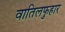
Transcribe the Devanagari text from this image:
वातिलफुहार